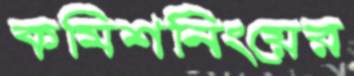
কমিশনিংয়ের